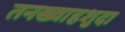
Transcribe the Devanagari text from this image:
तनख्वाहशुदा